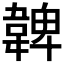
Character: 𩏂